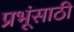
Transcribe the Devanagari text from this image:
प्रभूंसाठी